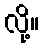
လို့။